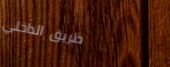
طريق الداخلي